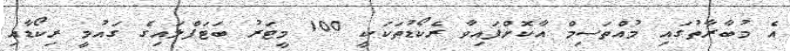
އެ މުބާރާތުގައި މުއްތަސިމް އާކޮށްފައިވާ ރެކޯޑުތަކަކީ 100 މީޓަރު ބަޓަފްލައިގެ ގައުމީ ރިކޯޑާއި